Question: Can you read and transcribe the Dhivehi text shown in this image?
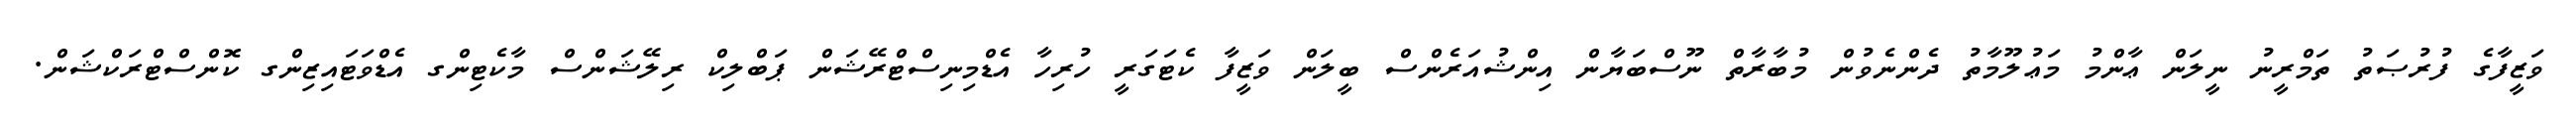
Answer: ވަޒީފާގެ ފުރުޞަތު ތަމްރީނު ނީލަން ޢާންމު މަޢުލޫމާތު ދެންނެވުން މުބާރާތް ނޫސްބަޔާން އިންޝުއަރެންސް ބީލަން ވަޒީފާ ކެޓަގަރީ ހުރިހާ އެޑްމިނިސްޓްރޭޝަން ޕަބްލިކް ރިލޭޝަންސް މާކެޓިންގ އެޑްވަޓައިޒިންގ ކޮންސްޓްރަކްޝަން.